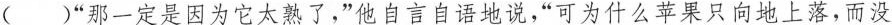
（ ）”那一定是因为它太熟了，”他自言自语地说，”可为什么苹果只向地上落，而没